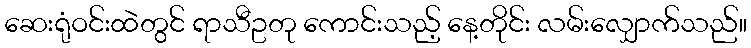
ဆေးရုံဝင်းထဲတွင် ရာသီဥတု ကောင်းသည့် နေ့တိုင်း လမ်းလျှောက်သည်။